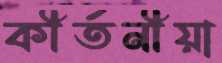
কীর্তনীয়া